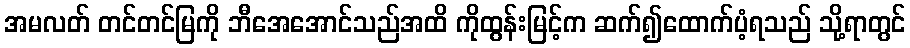
အမလတ် တင်တင်မြကို ဘီအေအောင်သည်အထိ ကိုထွန်းမြင့်က ဆက်၍ထောက်ပံ့ရသည် သို့ရာတွင်